Vaccination in Bombay 1889-1901 - 1889-1901
Year: 1889
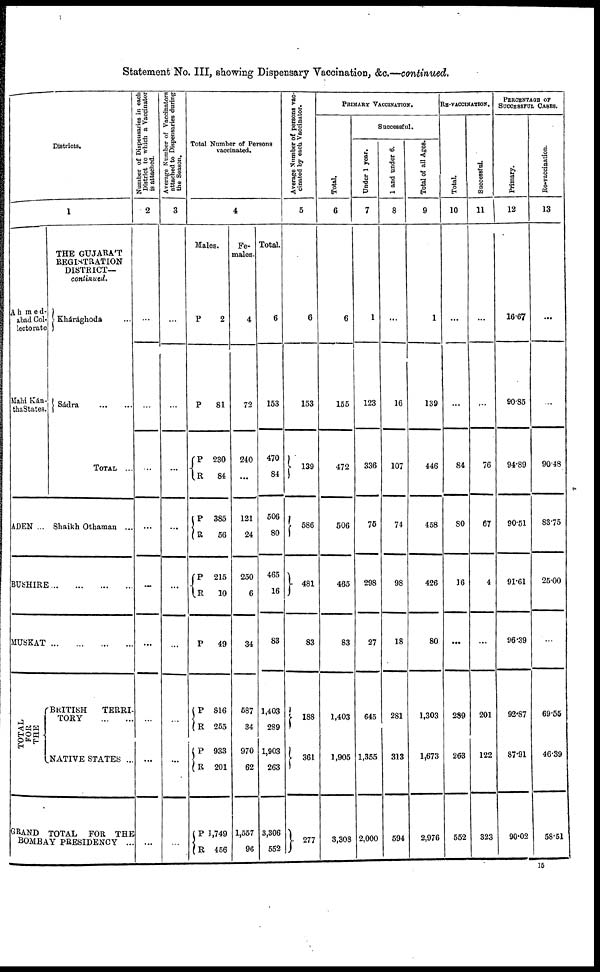
Statement No. III, showing Dispensary Vaccination, &c.—continued.
Districts.
1
Ahmed¬
abad Col¬
lectorate
Mahi Kán¬
tha States.
ADEN ...
THE GUJARAT
REGISTRATION
DISTRICT—
continued.
Khárághoda ...
Sádra
TOTAL ...
Shaikh Othaman ...
BUSHIRE ... ... ... ...
MUSKAT ... ... ... ...
TOTAL
FOR
THE
BRITISH
TERRI-
TORY
...
...
NATIVE STATES ...
GRAND TOTAL FOR THE
BOMBAY PRESIDENCY ...
Number of Dispensaries in each
District to which a Vaccinator
is attached.
2
...
...
...
...
...
...
...
...
...
Average Number of Vaccinators
attached to Dispensaries during
the Season.
3
...
...
...
...
...
...
...
...
...
Total Number of Persons
vaccinated.
4
Males.
P
P
P
R
P
R
P
R
P
P
R
P
R
P
R
2
81
230
84
385
56
215
10
49
816
255
933
201
1,749
456
Fe-
males.
4
72
240
...
121
24
250
6
34
587
34
970
62
1,557
96
Total.
6
153
470
84
506
80
465
16
83
1,403
289
1,903
263
3,306
552
Average Number of persons vac-
cinated by each Vaccinator.
5
6
153
139
586
481
83
188
361
277
PRIMARY VACCINATION.
Total.
6
6
155
472
506
465
83
1,403
1,905
3,308
Successful.
Under 1 year.
7
1
123
336
75
298
27
645
1,355
2,000
1 and under 6.
8
...
16
107
74
98
18
281
313
594
Total of all Ages.
9
1
139
446
458
426
80
1,303
1,673
2,976
RE-VACCINATION.
Total.
10
...
...
84
80
16
...
289
263
552
Successful.
11
...
...
76
67
4
...
201
122
323
PERCENTAGE OF
SUCCESSFUL CASES.
Primary.
12
16.67
90.85
94.89
90.51
91.61
96.39
92.87
87.91
90.02
Re-vaccination.
13
...
...
90.48
83.75
25.00
...
69.56
46.39
58.51
15